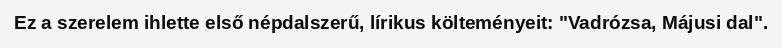
Ez a szerelem ihlette első népdalszerű, lírikus költeményeit: "Vadrózsa, Májusi dal".